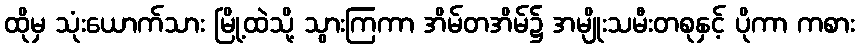
ထိုမှ သုံးယောက်သား မြို့ထဲသို့ သွားကြကာ အိမ်တအိမ်၌ အမျိုးသမီးတစုနှင့် ပိုကာ ကစား